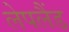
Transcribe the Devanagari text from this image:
लेपलैंड